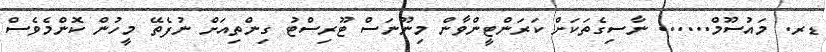
ޑރ. މައުސޫމް...... ނާސިގެތަކަށް ކަރަންޓީންވާން މިނޫނަސް ޓޫރިސްޓު ގިންތިއަށް ނުފެތޭ މީހުން ކޮންމެވެސް